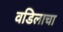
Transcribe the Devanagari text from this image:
वडिलाचा